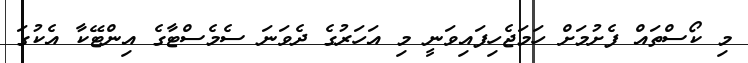
މި ކޯސްތައް ފެށުމަށް ހަމަޖެހިފައިވަނީ މި އަހަރުގެ ދެވަނަ ސެމެސްޓާގެ އިންޓޭކާ އެކުގަ